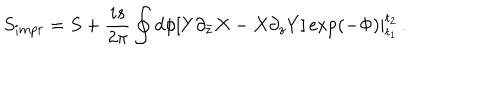
S _ { i m p r } = S + \frac { i s } { 2 \pi } \oint d \phi \left. \left[ Y \partial _ { \bar { z } } X - X \partial _ { z } Y \right] \exp ( - \Phi ) \right| _ { t _ { 1 } } ^ { t _ { 2 } } \, .